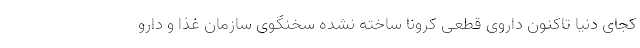
کجای دنیا تاکنون داروی قطعی کرونا ساخته نشده سخنگوی سازمان غذا و دارو